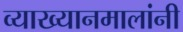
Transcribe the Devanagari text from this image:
व्याख्यानमालांनी